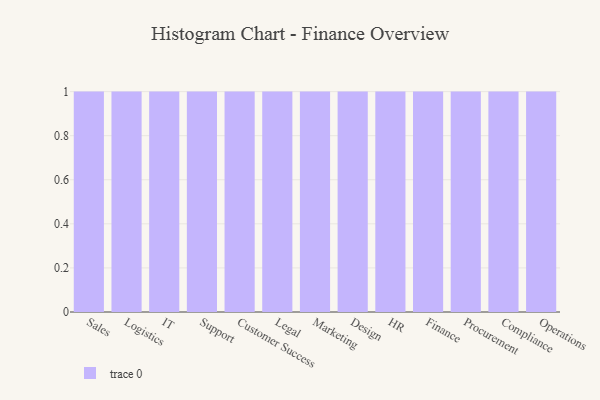
{"axis": {"x": "Department", "y": "Waste Production (Tons)"}, "legend": [""], "data": [{"x": "Sales", "y": 45, "type": ""}, {"x": "Logistics", "y": 88, "type": ""}, {"x": "IT", "y": 93, "type": ""}, {"x": "Support", "y": 91, "type": ""}, {"x": "Customer Success", "y": 2, "type": ""}, {"x": "Legal", "y": 31, "type": ""}, {"x": "Marketing", "y": 66, "type": ""}, {"x": "Design", "y": 39, "type": ""}, {"x": "HR", "y": 95, "type": ""}, {"x": "Finance", "y": 30, "type": ""}, {"x": "Procurement", "y": 21, "type": ""}, {"x": "Compliance", "y": 63, "type": ""}, {"x": "Operations", "y": 92, "type": ""}]}